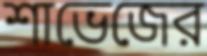
শাভেজের